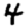
Digit: 4